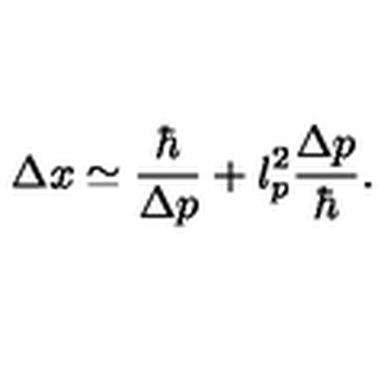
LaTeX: \Delta x \simeq \frac { \hbar } { \Delta p } + l _ { p } ^ { 2 } \frac { \Delta p } { \hbar } .